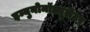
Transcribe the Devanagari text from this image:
इम्युनोमॉड्यूलेटर